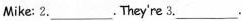
Mike: 2.___.They're 3.___.